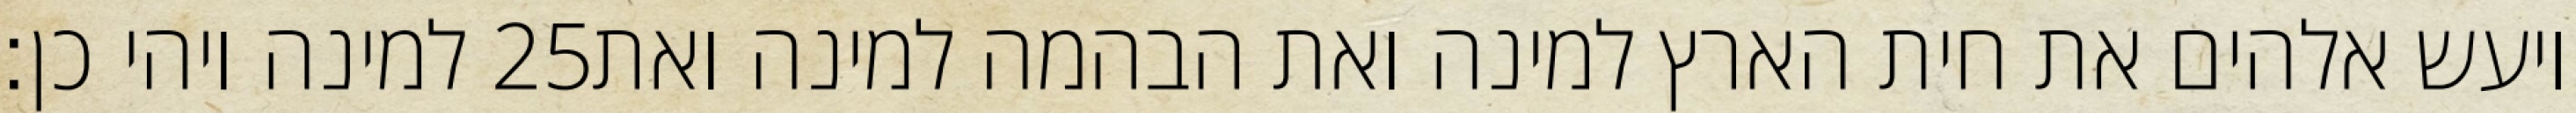
למינה ויהי כן׃ ‎25‏ ויעש אלהים את חית הארץ למינה ואת הבהמה למינה ואת